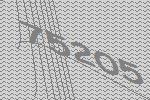
75205